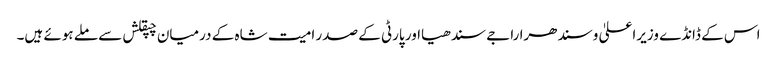
اس کے ڈانڈے وزیراعلیٰ وسندھرا راجے سندھیااور پارٹی کے صدر امیت شاہ کے درمیان چپقلش سے ملے ہوئے ہیں۔